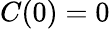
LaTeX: C(0)=0